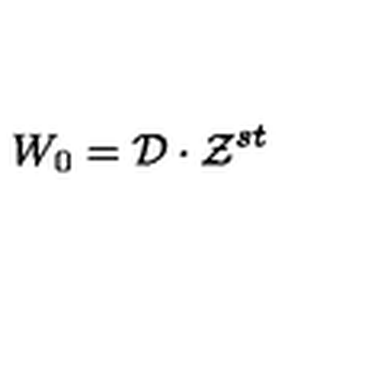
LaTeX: W _ { 0 } = { \cal D } \cdot { \cal Z } ^ { s t }